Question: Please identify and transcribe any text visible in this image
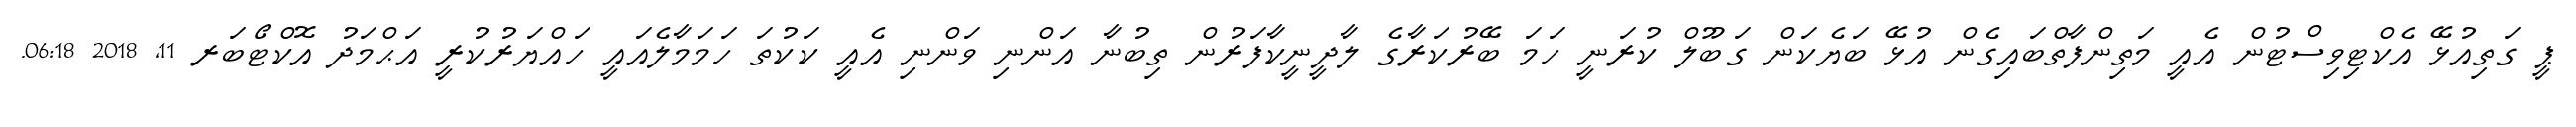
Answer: ޕީ ގަތިއުޅޭ އެކްޓިވިސްޓުން އެއީ މަތިންފާތްބައިގެން އުޅޭ ބަޔެކަން ގަބޫލް ކުރަނީ ހަމަ ބޭރުކަރާގެ ލާދީނީކާފަރުން ތިބުނާ އަންނި ވަންނި އެއީ ކަކުތަ ހަމަމާލެއައީ ހައްޔަރުކުރީ އަޙްމަދު އޮކްޓޯބަރ 11, 2018 06:18.